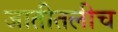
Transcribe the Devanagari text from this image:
जातीतलीच